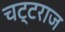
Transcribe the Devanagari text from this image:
चट्टराज